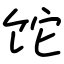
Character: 𬲱